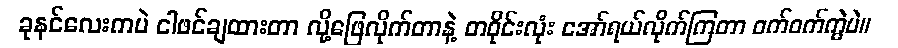
ခုနင်လေးကပဲ ငါဖင်ချထားတာ လို့ဖြေလိုက်တာနဲ့ တဝိုင်းလုံး အော်ရယ်လိုက်ကြတာ ဝက်ဝက်ကွဲပဲ။